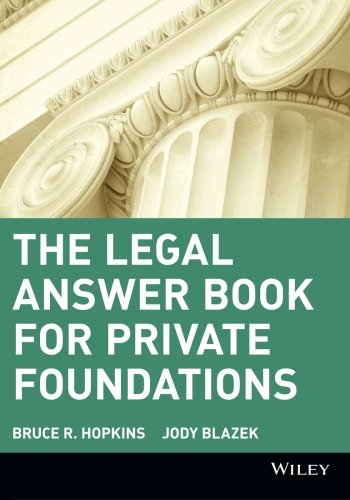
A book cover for The Legal Answer Book for Private Foundations; Bruce R. Hopkins; Law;